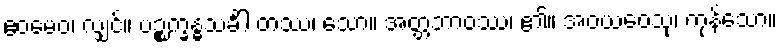
ဧဝမေဝ၊ လျှင်။ ပဉ္စက္ခန္ဓသင်္ခါ တဿ၊ သော။ အတ္တဘာဝဿ၊ ၏။ အဝယဝေသု၊ ကုန်သော။